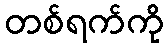
တစ်ရက်ကို